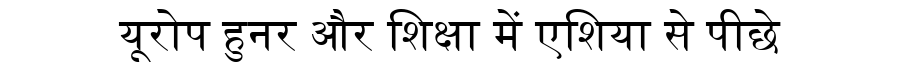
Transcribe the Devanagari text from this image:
यूरोप हुनर और शिक्षा में एशिया से पीछे